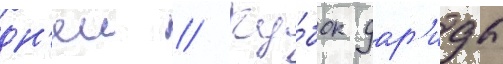
дн'еи // Ку́бок дар'иды